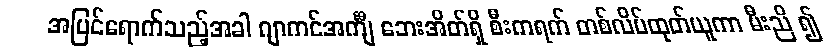
အပြင်ရောက်သည့်အခါ ဂျာကင်အင်္ကျီ ဘေးအိတ်ရှိ စီးကရက် တစ်လိပ်ထုတ်ယူကာ မီးညိ ၍